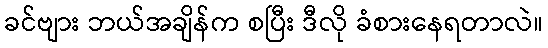
ခင်ဗျား ဘယ်အချိန်က စပြီး ဒီလို ခံစားနေရတာလဲ။